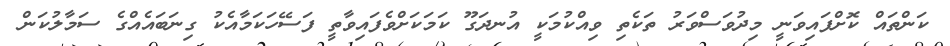
ކަންތައް ކޮށްފައިވަނީ މިދުވަސްވަރު ތަކެތި ވިއްކުމަކީ އުނދަގޫ ކަމަކަށްވެފައިވާތީ ފަސޭހަކަމާއެކު ގިނަބައެއްގެ ސަމާލުކަން